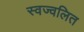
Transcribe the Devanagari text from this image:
स्वज्वलित